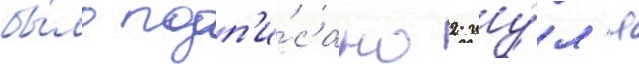
бы́ло подп'и́сано 2 иу́л'я